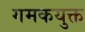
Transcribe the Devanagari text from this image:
गमकयुक्त